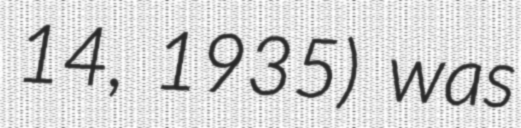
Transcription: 14, 1935) was